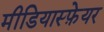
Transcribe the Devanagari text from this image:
मीडियास्फ़ेयर